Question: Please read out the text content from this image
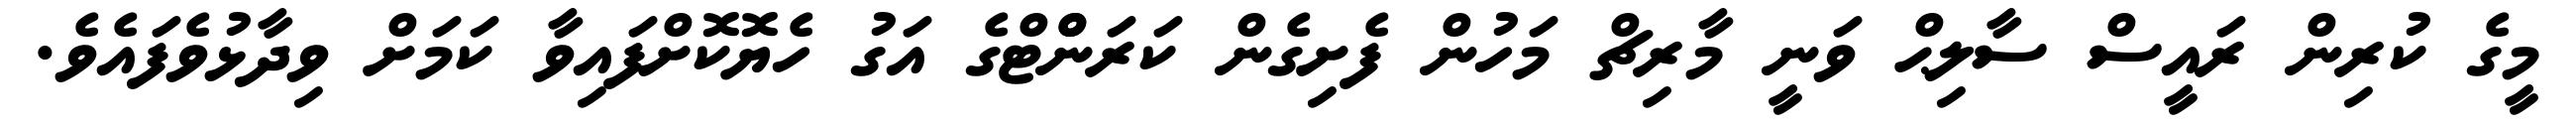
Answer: މީގެ ކުރިން ރައީސް ސާލިޙް ވަނީ މާރިޗް މަހުން ފެށިގެން ކަރަންްޓްގެ އަގު ހެޔޮކޮށްފައިވާ ކަމަށް ވިދާޅުވެފައެވެ.